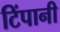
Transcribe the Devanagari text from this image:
टिंपानी